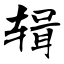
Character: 辑